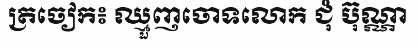
ត្រចៀក៖ ឈ្មួញចោទលោក ជុំ ប៊ុណ្ណា